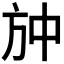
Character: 𭤫